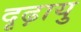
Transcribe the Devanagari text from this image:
दृढ़ायु